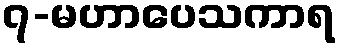
၇-မဟာပေသကာရ